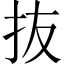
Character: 抜